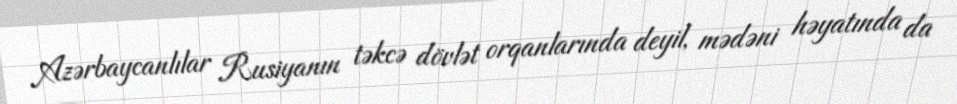
Azərbaycanlılar Rusiyanın təkcə dövlət orqanlarında deyil, mədəni həyatında da